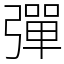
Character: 彈